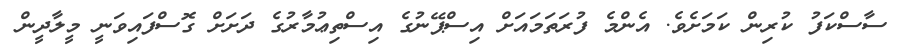
ސާސްކަފު ކުރިން ކަމަށެވެ. އެންމެ ފުރަތަމައަށް އިސްޕޭނުގެ އިސްތިޢުމާރުގެ ދަށަށް ގޮސްފައިވަނީ މީލާދީން